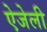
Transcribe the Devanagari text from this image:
ऐजेली